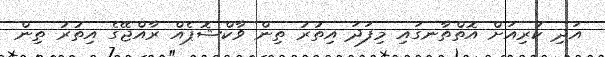
އަދި ކުރިއަށް އޮތްތާނގައި މިފަދަ އިތުރު ތިން ވާކްޝޮޕެއް ރާއްޖޭގެ އިތުރު ތިން